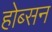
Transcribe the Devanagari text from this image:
होब्सन